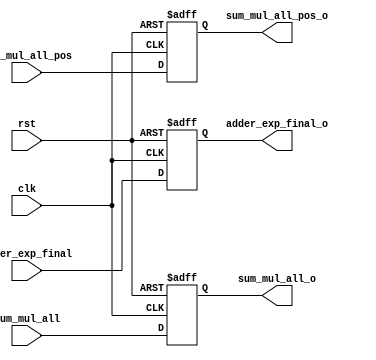
`timescale 1ns/1ns

module reg_4 (
    output reg [7:0] adder_exp_final_o,
    output reg [51:0] sum_mul_all_o,
    output reg [51:0] sum_mul_all_pos_o,
    input [7:0] adder_exp_final,
    input [51:0] sum_mul_all,
    input [51:0] sum_mul_all_pos,
    input clk, rst
);

always @(posedge clk, negedge rst) begin
    if(~rst) begin
        adder_exp_final_o <= 8'b0;
        sum_mul_all_o <= 52'b0;
        sum_mul_all_pos_o <= 52'b0;
    end
    else begin
        adder_exp_final_o <= adder_exp_final;
        sum_mul_all_o <=sum_mul_all;
        sum_mul_all_pos_o <= sum_mul_all_pos;
    end
end
    
endmodule